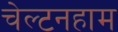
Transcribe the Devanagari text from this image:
चेल्टनहाम